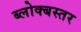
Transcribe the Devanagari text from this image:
ब्लोक्बस्तर